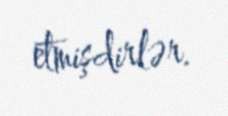
etmişdirlər.